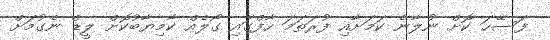
ފަސޭހަ ކޮށް ނުލާނެ ކަމަށާއި ފުރަތަމަ ހާފްގައި ގޯލެއް ކާމިޔާބުކޮށް ލީޑް ނެގުމަށް